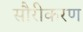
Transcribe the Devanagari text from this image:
सौरीकरण